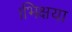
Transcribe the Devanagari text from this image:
।भिक्षया